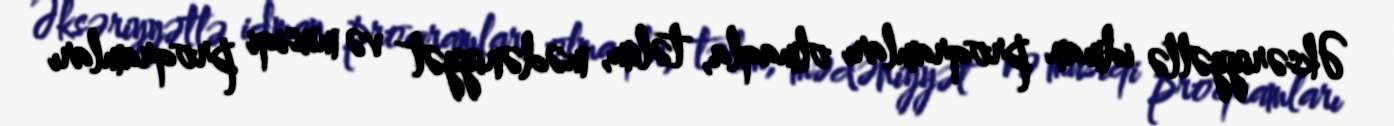
Əksəriyyətlə idman proqramları olmaqla, təlim, mədəniyyət və musiqi proqramları